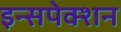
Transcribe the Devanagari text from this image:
इन्सपेक्शन